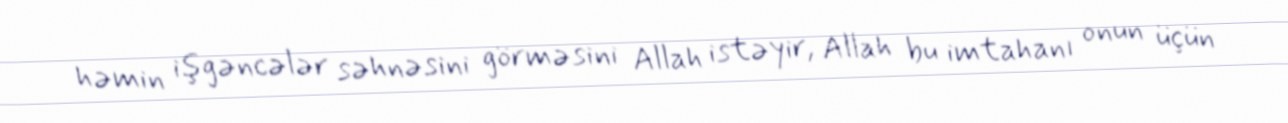
həmin işgəncələr səhnəsini görməsini Allah istəyir, Allah bu imtahanı onun üçün